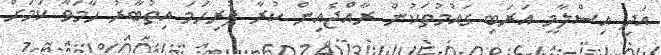
އަދި އިސްލާމީ އަރަބި ގައުމުތަކުން ރާއްޖެއިން ކުރާ ފުރިހަމަ އިތުބާރު ހާމަވާ ކަމަށް